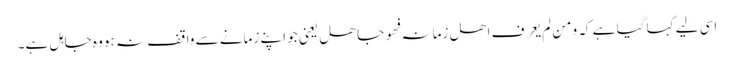
اسی لیے کہا گیا ہے کہ ومن لم یعرف اھل زمانہ فھو جاھل یعنی جو اپنے زمانے سے واقف نہ ہو وہ جاہل ہے۔